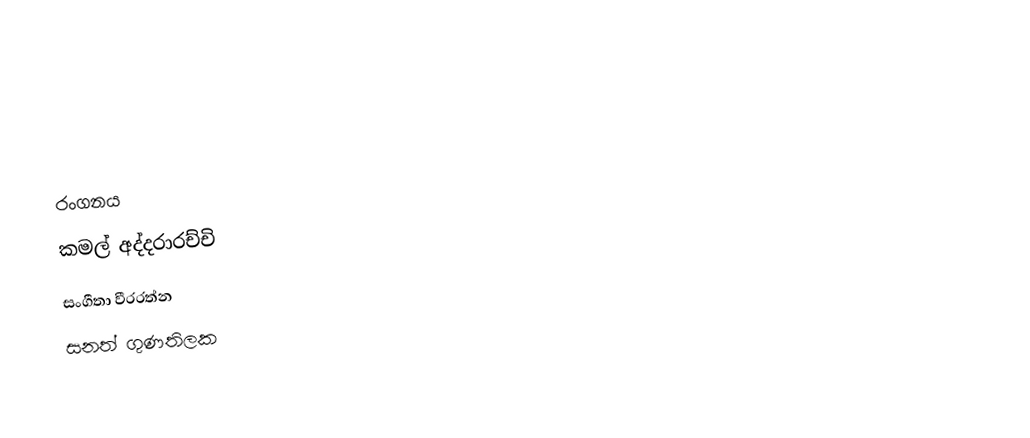

රංගනය
කමල් අද්දරාරච්චි
සංගීතා වීරරත්න
සනත් ගුණතිලක